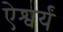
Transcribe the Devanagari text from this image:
ऐश्वर्यं